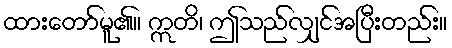
ထားတော်မူ၏။ ဣတိ၊ ဤသည်လျှင်အပြီးတည်း။